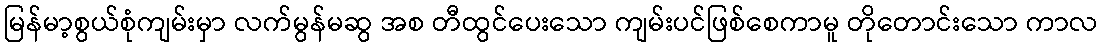
မြန်မာ့စွယ်စုံကျမ်းမှာ လက်မွန်မဆွ အစ တီထွင်ပေးသော ကျမ်းပင်ဖြစ်စေကာမူ တိုတောင်းသော ကာလ